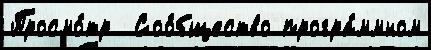
Просмо́тр  Соо́бщество програ́ммном